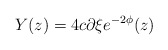
\begin{align*}Y(z)=4c\partial \xi e^{-2\phi}(z)\end{align*}